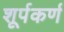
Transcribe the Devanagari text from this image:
शूर्पकर्ण